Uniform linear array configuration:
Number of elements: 8
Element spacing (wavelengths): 0.5
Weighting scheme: hann
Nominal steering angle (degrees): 30
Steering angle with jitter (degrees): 29.379
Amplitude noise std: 0.05
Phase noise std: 0.05

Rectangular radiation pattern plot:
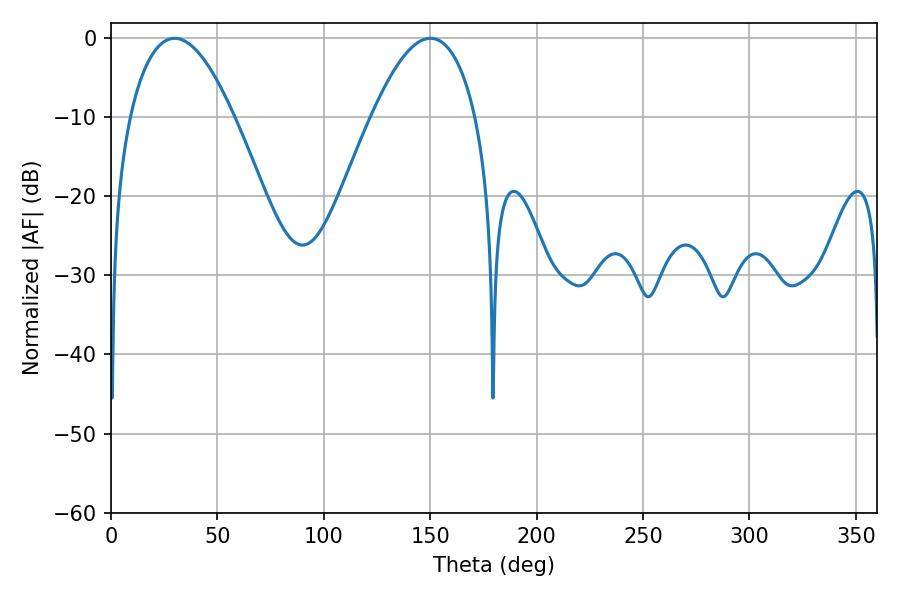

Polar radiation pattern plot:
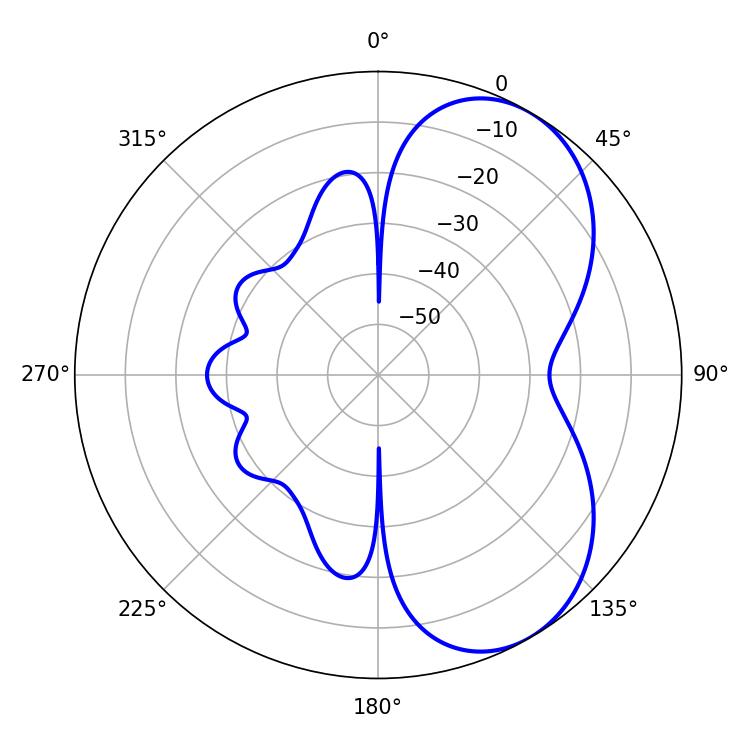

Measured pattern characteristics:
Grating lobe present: FALSE
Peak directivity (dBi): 5.814
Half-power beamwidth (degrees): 27
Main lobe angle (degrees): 29.88